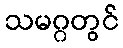
သမဂ္ဂတွင်